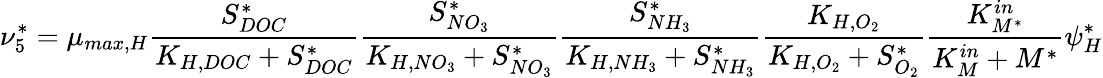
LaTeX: \nu_{5}^{*}=\mu_{max,H}\frac{S_{DOC}^{*}}{K_{H,DOC}+S_{DOC}^{*}}\frac{S_{NO_{3}}^{*}}{K_{H,NO_{3}}+S_{NO_{3}}^{*}}\frac{S_{NH_{3}}^{*}}{K_{H,NH_{3}}+S_{NH_{3}}^{*}}\frac{K_{H,O_{2}}}{K_{H,O_{2}}+S_{O_{2}}^{*}}\frac{K_{M^{*}}^{in}}{K_{M}^{in}+M^{*}}\psi_{H}^{*}